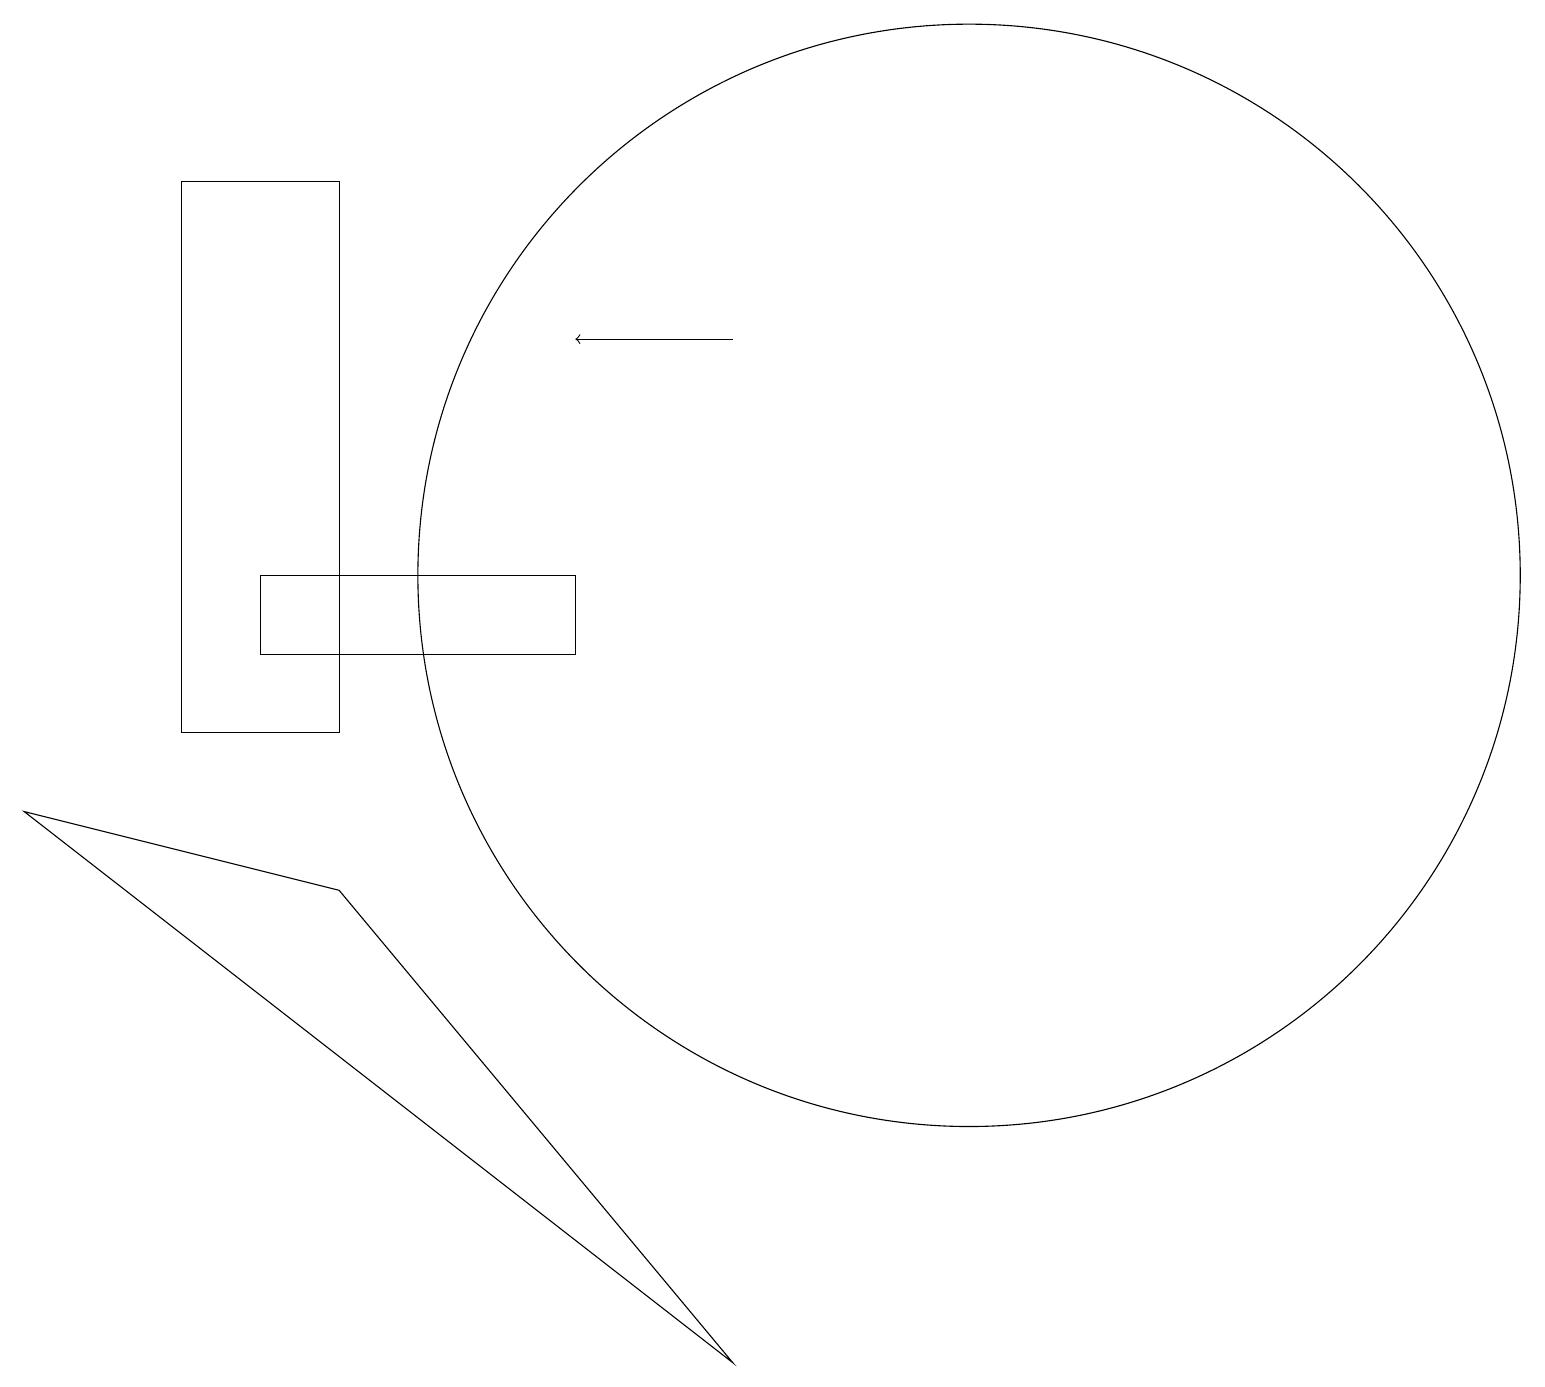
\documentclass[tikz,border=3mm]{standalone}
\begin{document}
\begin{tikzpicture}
\draw (12,12) circle (7);
\draw (7,11) rectangle (3,12);
\draw[->] (9,15) -- (7,15);
\draw (2,10) rectangle (4,17);
\draw (4,8) -- (0,9) -- (9,2) -- cycle;
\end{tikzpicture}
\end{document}